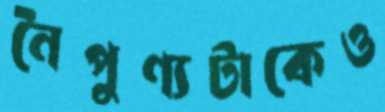
নৈপুণ্যটাকেও